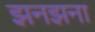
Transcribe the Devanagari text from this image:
झनझना